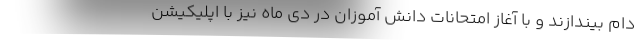
دام بیندازند و با آغاز امتحانات دانش آموزان در دی ماه نیز با اپلیکیشن